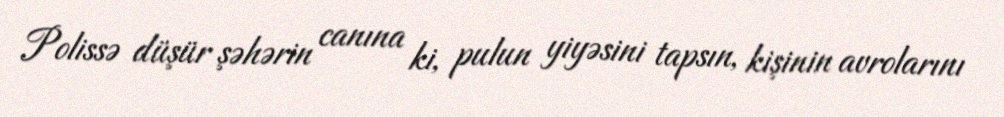
Polissə düşür şəhərin canına ki, pulun yiyəsini tapsın, kişinin avrolarını